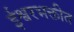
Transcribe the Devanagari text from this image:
ईश्वरभक्तीत